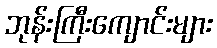
ဘုန်းကြီးကျောင်းများ